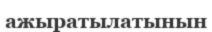
ажыратылатынын